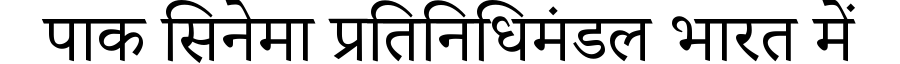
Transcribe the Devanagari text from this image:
पाक सिनेमा प्रतिनिधिमंडल भारत में